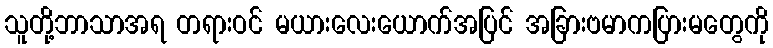
သူတို့ဘာသာအရ တရားဝင် မယားလေးယောက်အပြင် အခြားဗမာကပြားမတွေကို